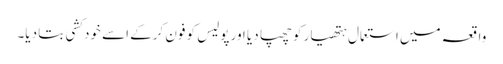
واقعہ میں استعمال ہتھیار کو چھپا دیا اور پولیس کو فون کرکے اسے خودکشی بتا دیا۔